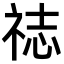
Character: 䄊